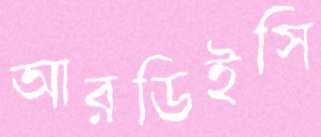
আরডিইসি